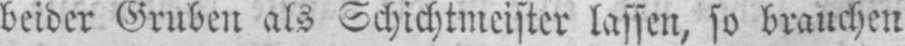
beider Gruben als Schichtmeister lassen, so brauchen